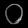
Digit: ၀